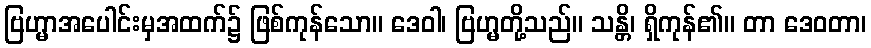
ဗြဟ္မာအပေါင်းမှအထက်၌ ဖြစ်ကုန်သော။ ဒေဝါ၊ ဗြဟ္မတို့သည်။ သန္တိ၊ ရှိကုန်၏။ တာ ဒေဝတာ၊